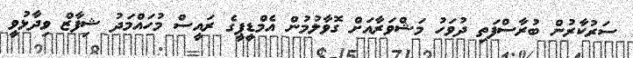
ސަރުކާރުން ބުރާސްފަތި ދުވަހު މަޝްވަރާއަށް ގޮވާލުމުން އެމްޑީޕީގެ ރައީސް މުހައްމަދު ޝިފާޒް ވިދާޅުވީ